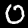
Label: 0